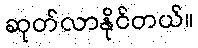
ဆုတ်လာနိုင်တယ်။